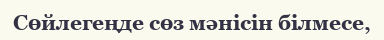
Сөйлегеңде сөз мәнісін білмесе,